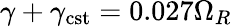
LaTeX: \gamma+\gamma_{\mathrm{cst}}=0.027\Omega_{R}